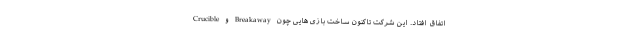
اتفاق افتاد. این شرکت تاکنون ساخت بازی هایی چون Breakaway و Crucible